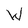
Character: W